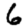
Digit: 6